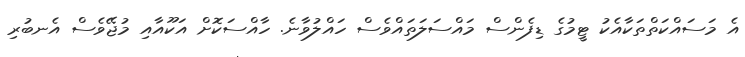
އެ މަސައްކަތްތަކާއެކު ޓީމުގެ ޑިފެންސް މައްސަލަތައްވެސް ހައްލުވާނެ. ހާއްސަކޮށް އަކޫއާއި މުޖޭވެސް އެނބުރި